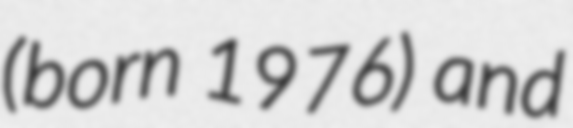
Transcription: (born 1976) and